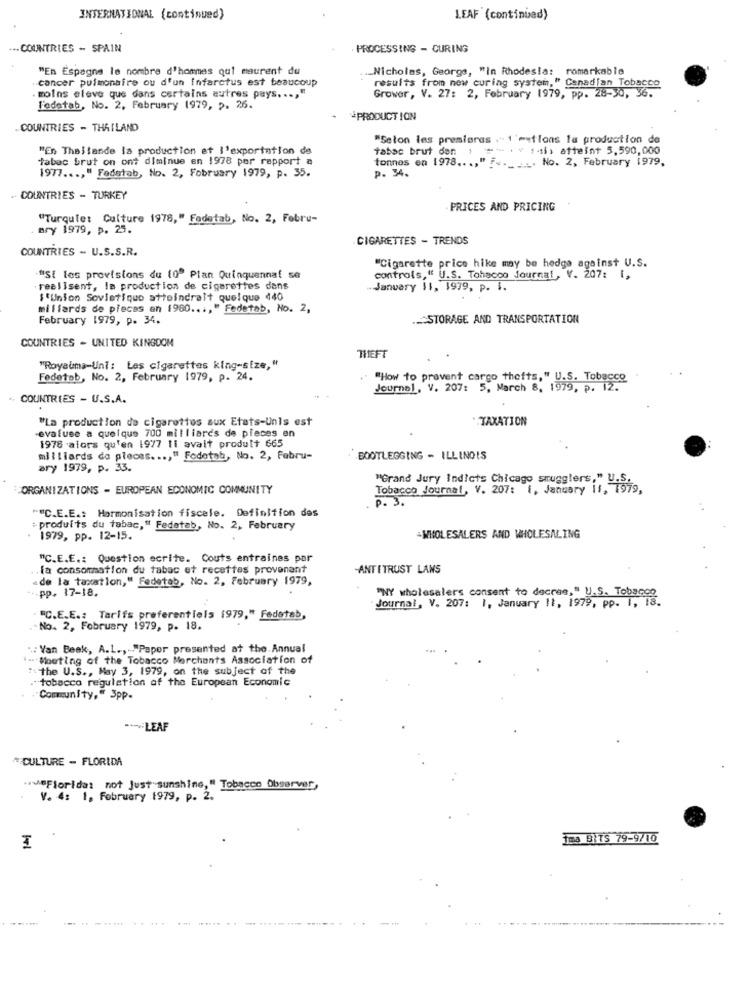
INTERNATIONAL (continued)
LEAF (continued)
... COUNTRIES - SPAIN
PROCESSING - CURING
"En Espagne le nombre d'hommes qal maurent du
.. Nicholas, George, "in Rhodesla: romarkable
cancer pulmonaire ou d'un Infarctus est beaucoup
results from now curing system," Canadian Tobacco
. moins eleve que dans certains autres pays ..., "
Grower, V. 27: 2, February 1979, pp. 28-30, 36.
l'edatab, No. 2, February 1979, p. 26.
-PRODUCTION
.COUNTRIES - THAILAND
"Selon les premieres . 1' == tlons la production de
"En Thailande la production et l'exportation de
tabac brut den +
-- . v 14) atteint 5.590,000
tabac brut on ont diminue en 1978 por rapport a
tonnes en 1978 ..., " F ..___. No. 2, February 1979,
p. 34.
1977 ..., " Fedatab, No. 2, February 1979, p. 35.
COUNTRIES - TURKEY
PRICES AND PRICING
"Turquie: Culture 1978," Fodetab, No. 2, Febru-
Bry 1979, p. 25.
- CIGARETTES - TRENDS
COUNTRIES - U.S.S.R.
"Cigarette price hike may be hedge against U.S.
"Si les provisions du (0º Plan Quinquennat se
controls," U.S. Tobacco Journal, V. 207: 1,
realIsent, la production de cigarettes dans
January 11, 1979, p. 1.
S'Union Sovietiquo atteindrait quelque 440
millards de piecas en 1960 ..., " Fedetab, No. 2,
February 1979, p. 34.
._ STORAGE AND TRANSPORTATION
COUNTRIES - UNITED KINGDOM
THEFT
"Royauma-Uni: Les cigarettes king-size,"
Fedetob, No. 2, February 1979, p. 24.
." "How to prevent cargo thefts," U.S. Tobacco
Journal, V. 207: 5, March 8, 1979, p. 12.
* COUNTRIES - U.S.A.
"La production de cigarettes aux Etats-unis est
.TAXATION
-evaluse a quelque 700 milliards de pieces en
1978 alors qu'en 1977 11 avait prodult 665
milliards do pleces ..., " Fodetab, No. 2, Febru-
BOOTLEGGING - ILLINOIS
ary 1979, p. 33.
"Grand Jury Indicts Chicago smugglers," U.
ORGANIZATIONS - EUROPEAN ECONOMIC COMMUNITY
Tobacco Journal, V. 207: i, January it, 1979,
P . 3 .
""C.E.E .: Harmonisation fiscele. Definition des
: produits du tabac," Fedatab, No. 2, February
1979, pp. 12-15.
-WHOLESALERS AND WHOLESALING
"C.E.E .: Question ecrite. Couts entraines par
la consommation du tabac et recettes provenant
ANTITRUST LANS
ade la taxation," Fedetab, No. 2, February 1979,
pp. 17-18.
"NY wholesalers consent to decres, " U.S. Tobacco
Journal, V. 207: 1, January 11, 1979, pp. 1, 18.
"C.E.E .: Tarifs preferentiels (979," Fedetab,
No. 2, February 1979, p. 18.
": Van Beek, A.L ., "Paper presented at the. Annual
- MoutIng of the Tobacco Merchants Association of
"the U.S ., May 3, 1979, on the subject of the
"tobacco regulation of the European Economic
Community," 3pp.
.-- LEAF
*CULTURE - FLORIDA
"MeFlorida: not Just sunshine," Tobacco Observer,
V. 4: 1, February 1979, p. 2.
1ma BITS 79-9/10